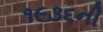
૧૯૩૬ની